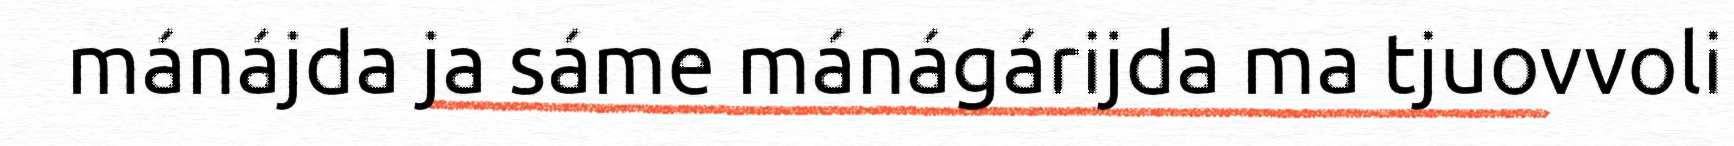
mánájda ja sáme mánágárijda ma tjuovvoli